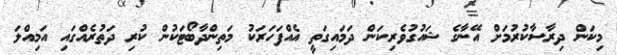
މިކަން ދިރާސާކުރުމަށް އޭނާގެ ޝައުގުވެރިކަން ދަމައިގަތީ އެއްފަހަރަކު މަތިންދާބޯޓަކުން ކުރި ދަތުރެއްގައި އަމިއްލަ